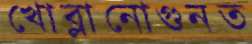
খোব্‌লানোগুনত